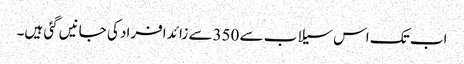
اب تک اس سیلاب سے 350سے زائد افراد کی جانیں گئی ہیں۔